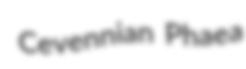
Cevennian Phaea